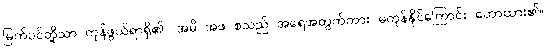
မြက်ပင်တို့သာ ကုန်ဖွယ်ရာရှိ၏။ အမိ အဖ စသည် အရေအတွက်ကား မကုန်နိုင်ကြောင်း ဟောထား၏။